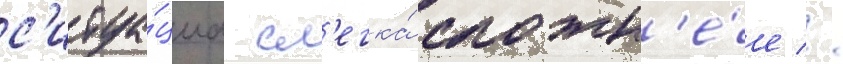
с'итуа́циа сл'егка́ сложн'е́е //